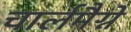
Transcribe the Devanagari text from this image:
चार्लमैग्ने